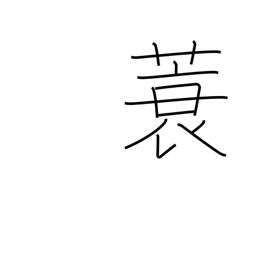
Meaning: straw raincoat